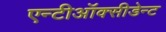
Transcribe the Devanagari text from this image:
एन्टीऑक्सीडेन्ट